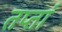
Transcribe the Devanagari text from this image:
तप्तां